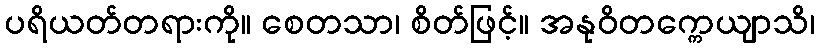
ပရိယတ်တရားကို။ စေတသာ၊ စိတ်ဖြင့်။ အနုဝိတက္ကေယျာသိ၊